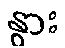
နွား